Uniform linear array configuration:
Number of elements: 32
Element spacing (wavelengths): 0.25
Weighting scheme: exponential
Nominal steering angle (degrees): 30
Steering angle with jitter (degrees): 31.211
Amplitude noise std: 0.05
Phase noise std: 0.05

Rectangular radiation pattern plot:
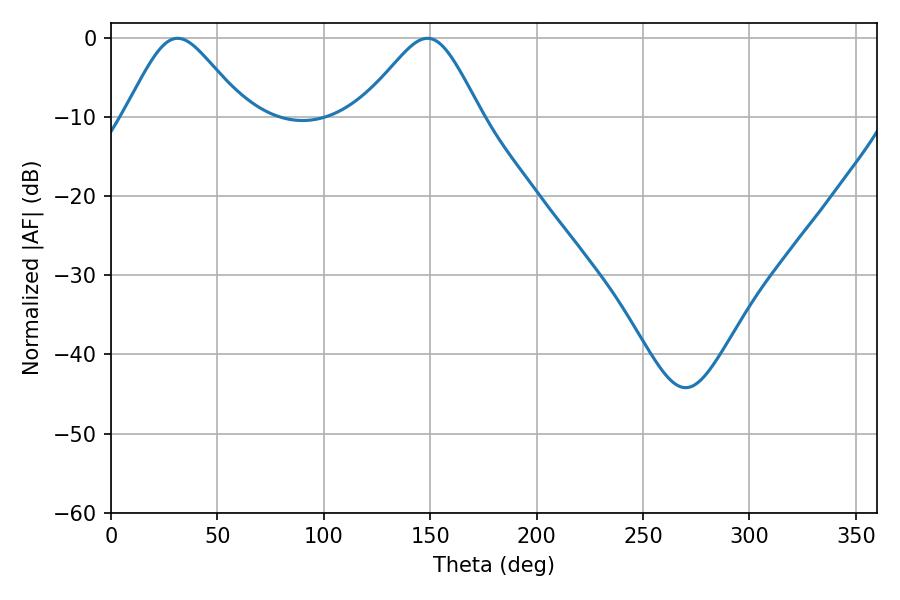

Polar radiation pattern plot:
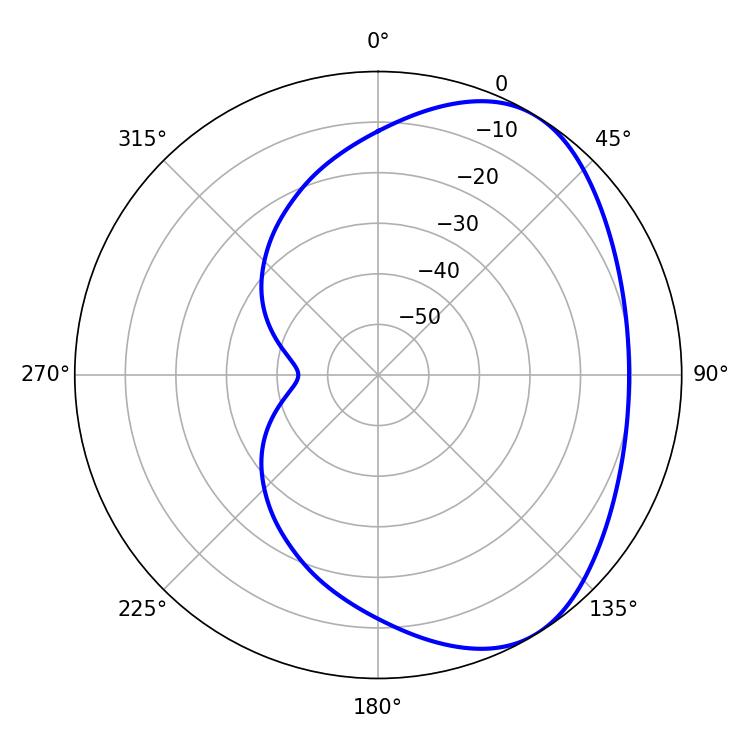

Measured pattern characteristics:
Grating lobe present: FALSE
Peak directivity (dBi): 4.689
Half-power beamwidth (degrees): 27.72
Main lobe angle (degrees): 31.32